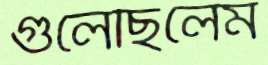
গুলেছিলেম